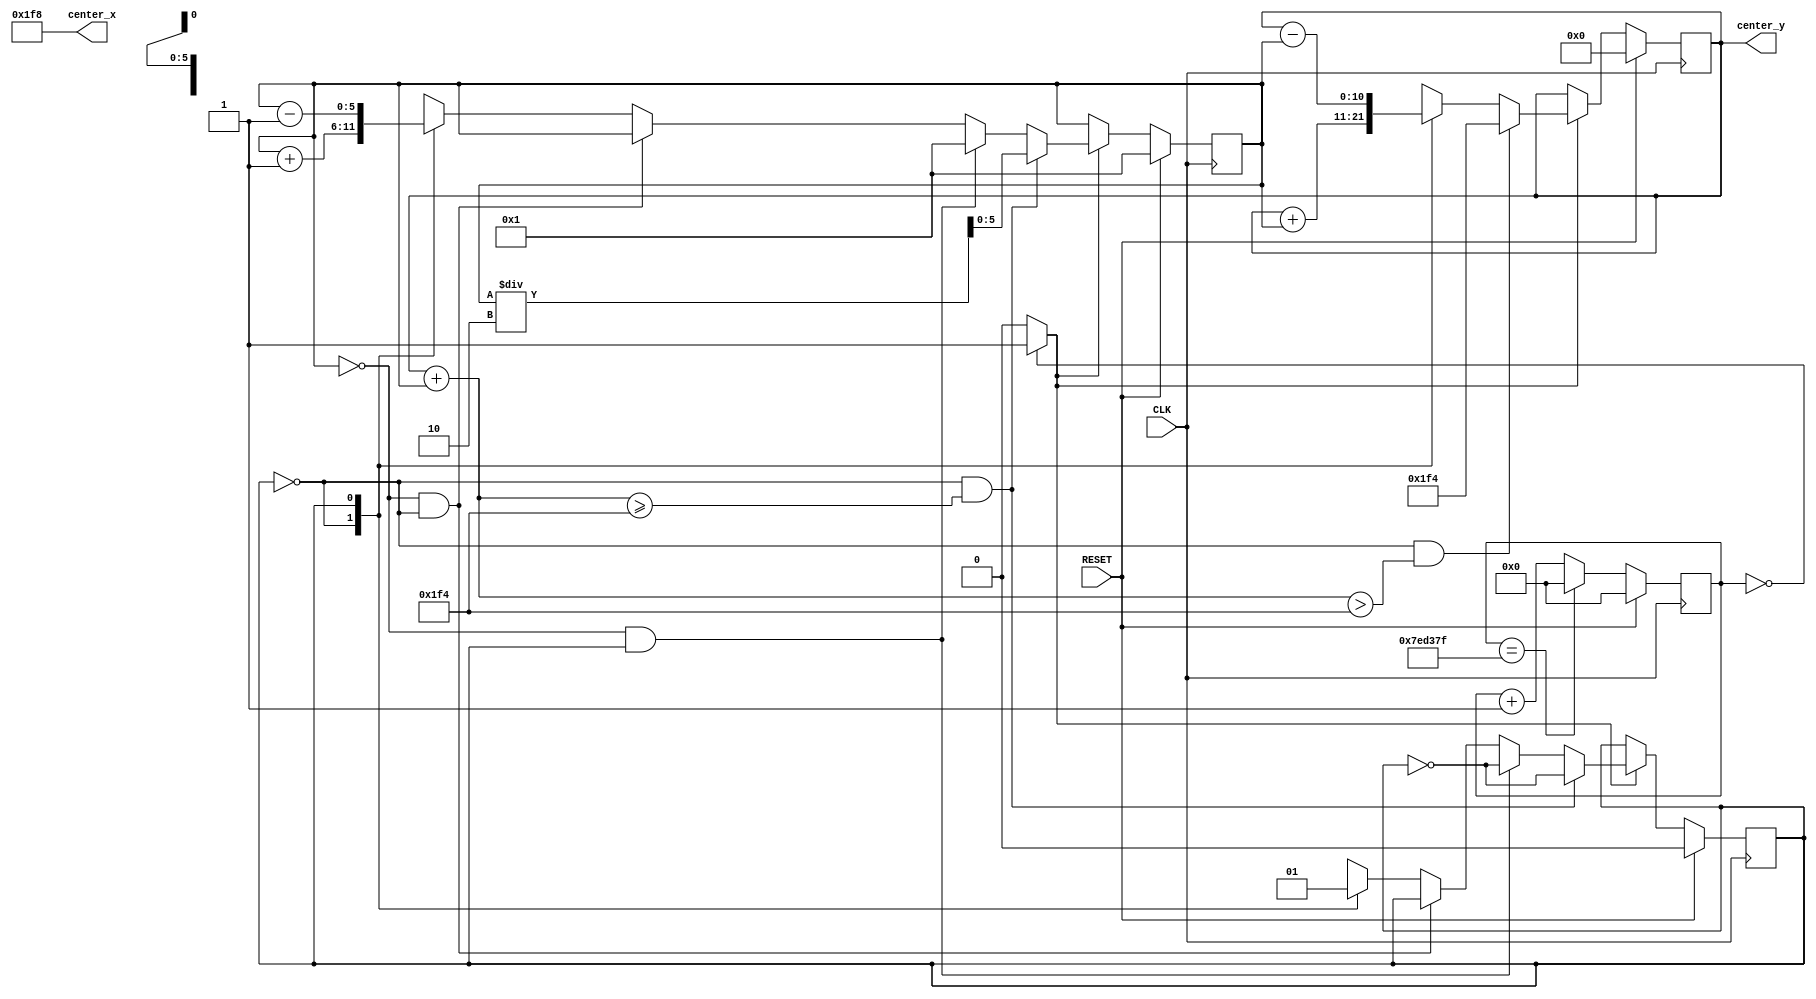
module bounce(CLK, RESET, center_x, center_y);
	input CLK;
	input RESET;
	output reg [10:0] center_x, center_y;
	
	reg [23:0] counter;
	reg enable;
	reg [5:0] velocity;
	reg v_dir; //1 represents upward, 0 represents downward
	
	always @ (posedge CLK) begin
		if (RESET) begin
			counter <= 0;
		end else if (counter == 8311679) begin
			counter <= 0;
		end else begin
			counter <= counter + 1;
		end
	end
	
	always @ (counter) begin
		if (counter == 0) begin
			enable <= 1;
		end else begin
			enable <= 0;
		end
	end
	
	always @ (posedge CLK) begin
		if (RESET) begin
			v_dir <= 0;
			velocity <= 1;
		end else if (enable == 0) begin
			v_dir <= v_dir;
			velocity <= velocity;
		end else if (v_dir == 0 && center_y + velocity >= 500) begin
			v_dir <= !v_dir;
			velocity <= velocity / 2;
		end else if (velocity == 0 && v_dir == 1) begin
			v_dir <= !v_dir;
			velocity <= 1;
		end else if (velocity == 0 && v_dir == 0) begin
			v_dir <= v_dir;
			velocity <= velocity;
		end else begin
			case (v_dir)
			1'b0: 
			begin
				v_dir <= v_dir;
				velocity <= velocity + 1;
			end
			1'b1:
			begin
				v_dir <= v_dir;
				velocity <= velocity - 1;
			end
			endcase
		end
	end
	
	always begin
		center_x <= 504;
	end
	
	always @ (posedge CLK) begin
		if (RESET) begin
			center_y <= 0;
		end else if (enable == 0) begin
			center_y <= center_y;
		end else if (v_dir == 0 && center_y + velocity > 500) begin
			center_y <= 500;
		end else begin
			case (v_dir)
			1'b0:
				center_y <= center_y + velocity;
			1'b1:
				center_y <= center_y - velocity;
			endcase
		end
	end
endmodule